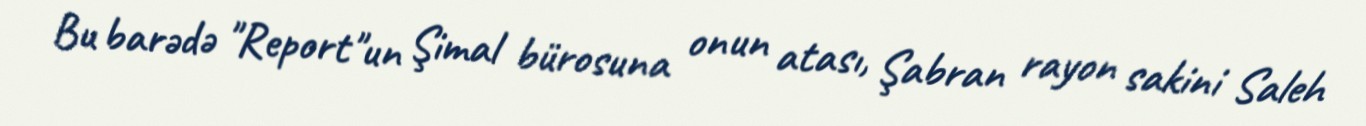
Bu barədə "Report"un Şimal bürosuna onun atası, Şabran rayon sakini Saleh